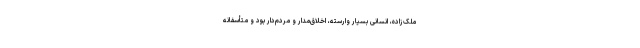
ملک‌زاده، انسانی بسیار وارسته، اخلاق‌مدار و مردم‌دار بود و متأسفانه